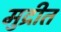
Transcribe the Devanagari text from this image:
मुद्रीत